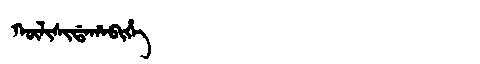
Manchu: ᡴᡡᠯᡳᠰᡳᡩᠠᡥᠠᠪᡳᡥᡝ
Romanization: KŪLISIDAHABIHE